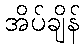
အိပ်ချိန်